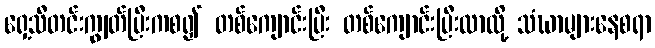
ရှေ့သီတင်းကျွတ်ပြီးကစ၍ တစ်ကျောင်းပြီး တစ်ကျောင်းပြီးလာလို့ သံဃာများနေစရာ